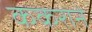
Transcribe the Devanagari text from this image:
ककराने